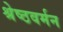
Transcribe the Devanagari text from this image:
श्रेष्ठवर्मन